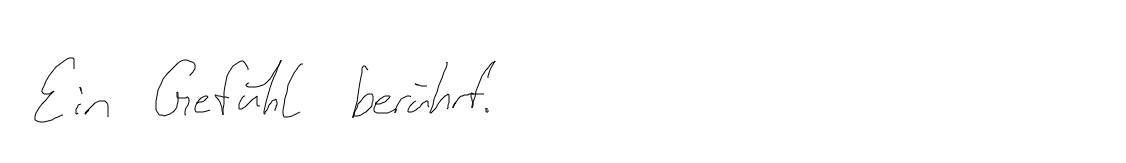
Ein Gefühl berührt.